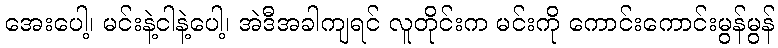
အေးပေါ့၊ မင်းနဲ့ငါနဲ့ပေါ့၊ အဲဒီအခါကျရင် လူတိုင်းက မင်းကို ကောင်းကောင်းမွန်မွန်